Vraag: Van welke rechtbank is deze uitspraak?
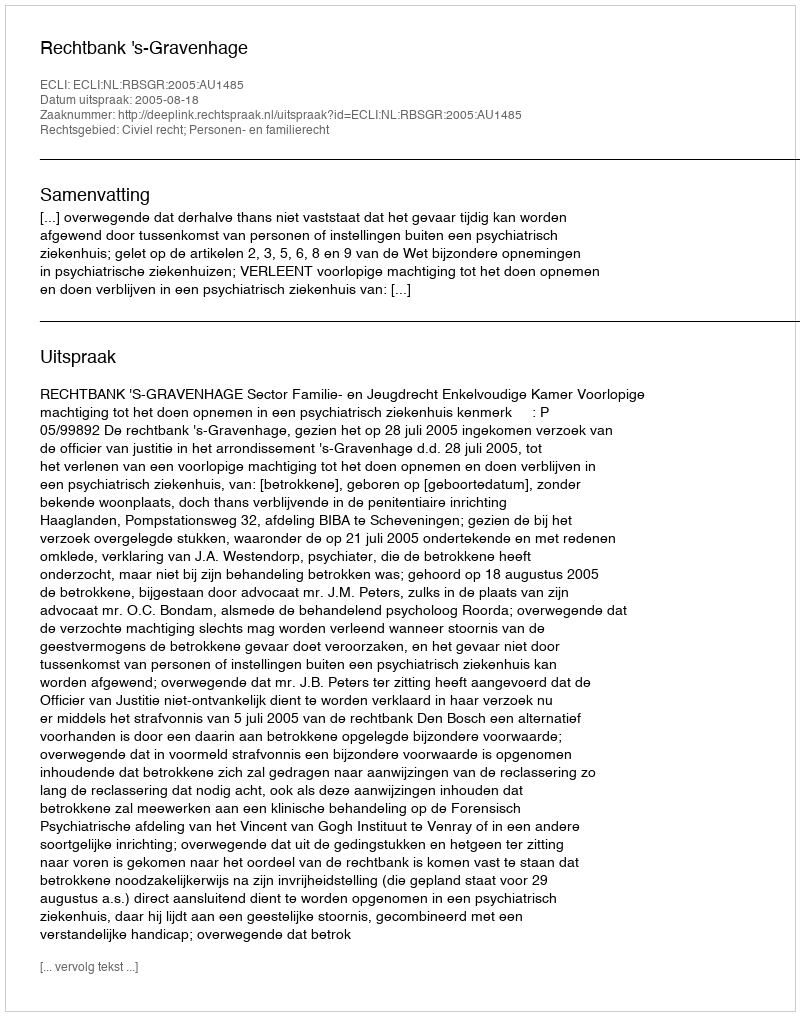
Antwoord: Rechtbank 's-Gravenhage